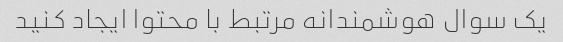
یک سوال هوشمندانه مرتبط با محتوا ایجاد کنید